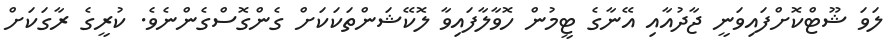
ލަވަ ޝޫޓްކޮށްފައިވަނީ ޖާދުއާއި އޭނާގެ ޓީމުން ހޮވާލާފައިވާ ލޮކޭޝަންތަކަކަށް ގެންގޮސްގެންނެވެ. ކުރީގެ ރާގަކަށް